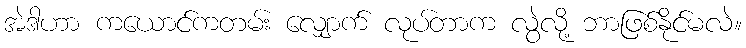
အဲဒါဟာ ကယောင်ကတမ်း လျှောက် လုပ်တာက လွဲလို့ ဘာဖြစ်နိုင်မလဲ။